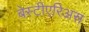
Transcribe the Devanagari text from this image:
बेस्टीएरिअस